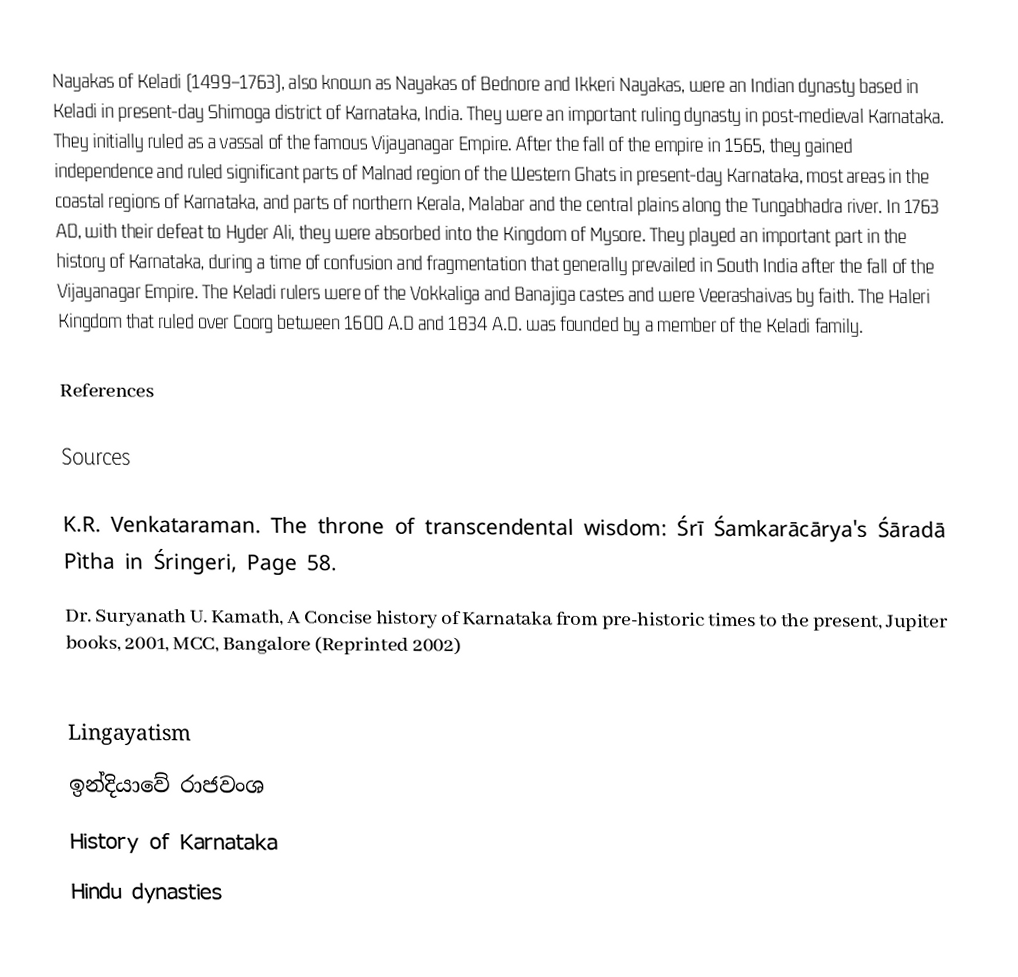
Nayakas of Keladi (1499–1763), also known as Nayakas of Bednore and Ikkeri Nayakas, were an Indian dynasty based in Keladi in present-day Shimoga district of Karnataka, India. They were an important ruling dynasty in post-medieval Karnataka. They initially ruled as a vassal of the famous Vijayanagar Empire. After the fall of the empire in 1565, they gained independence and ruled significant parts of Malnad region of the Western Ghats in present-day Karnataka, most areas in the coastal regions of Karnataka, and parts of northern Kerala, Malabar and the central plains along the Tungabhadra river. In 1763 AD, with their defeat to Hyder Ali, they were absorbed into the Kingdom of Mysore. They played an important part in the history of Karnataka, during a time of confusion and fragmentation that generally prevailed in South India after the fall of the Vijayanagar Empire. The Keladi rulers were of the Vokkaliga and Banajiga castes and were Veerashaivas by faith. The Haleri Kingdom that ruled over Coorg between 1600 A.D and 1834 A.D. was founded by a member of the Keladi family.

References

Sources

 K.R. Venkataraman. The throne of transcendental wisdom: Śrī Śamkarācārya's Śāradā Pìtha in Śringeri, Page 58.
 Dr. Suryanath U. Kamath, A Concise history of Karnataka from pre-historic times to the present, Jupiter books, 2001, MCC, Bangalore (Reprinted 2002)

Lingayatism
ඉන්දියාවේ රාජවංශ
History of Karnataka
Hindu dynasties